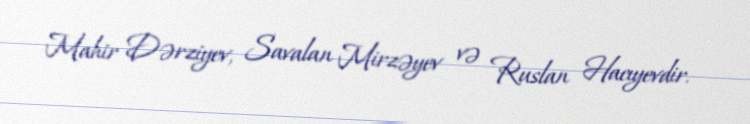
Mahir Dərziyev, Savalan Mirzəyev və Ruslan Hacıyevdir.